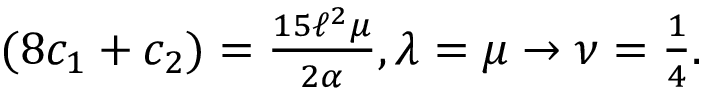
\begin{array} { r } { ( 8 c _ { 1 } + c _ { 2 } ) = \frac { 1 5 \ell ^ { 2 } \mu } { 2 \alpha } , \lambda = \mu \to \nu = \frac 1 4 . } \end{array}